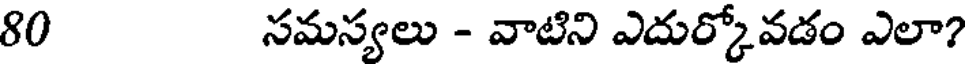
80 సమస్యలు - వాటిని ఎదుర్కోవడం ఎలా?